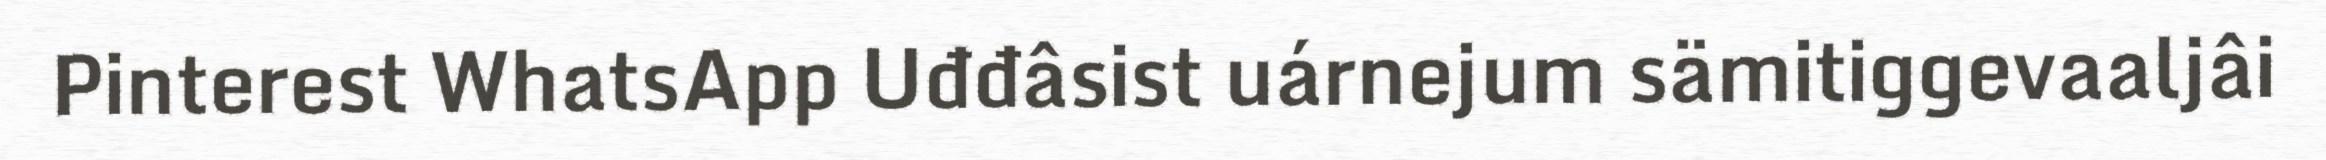
Pinterest WhatsApp Uđđâsist uárnejum sämitiggevaaljâi